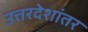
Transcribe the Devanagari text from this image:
उत्तरदेशांतर